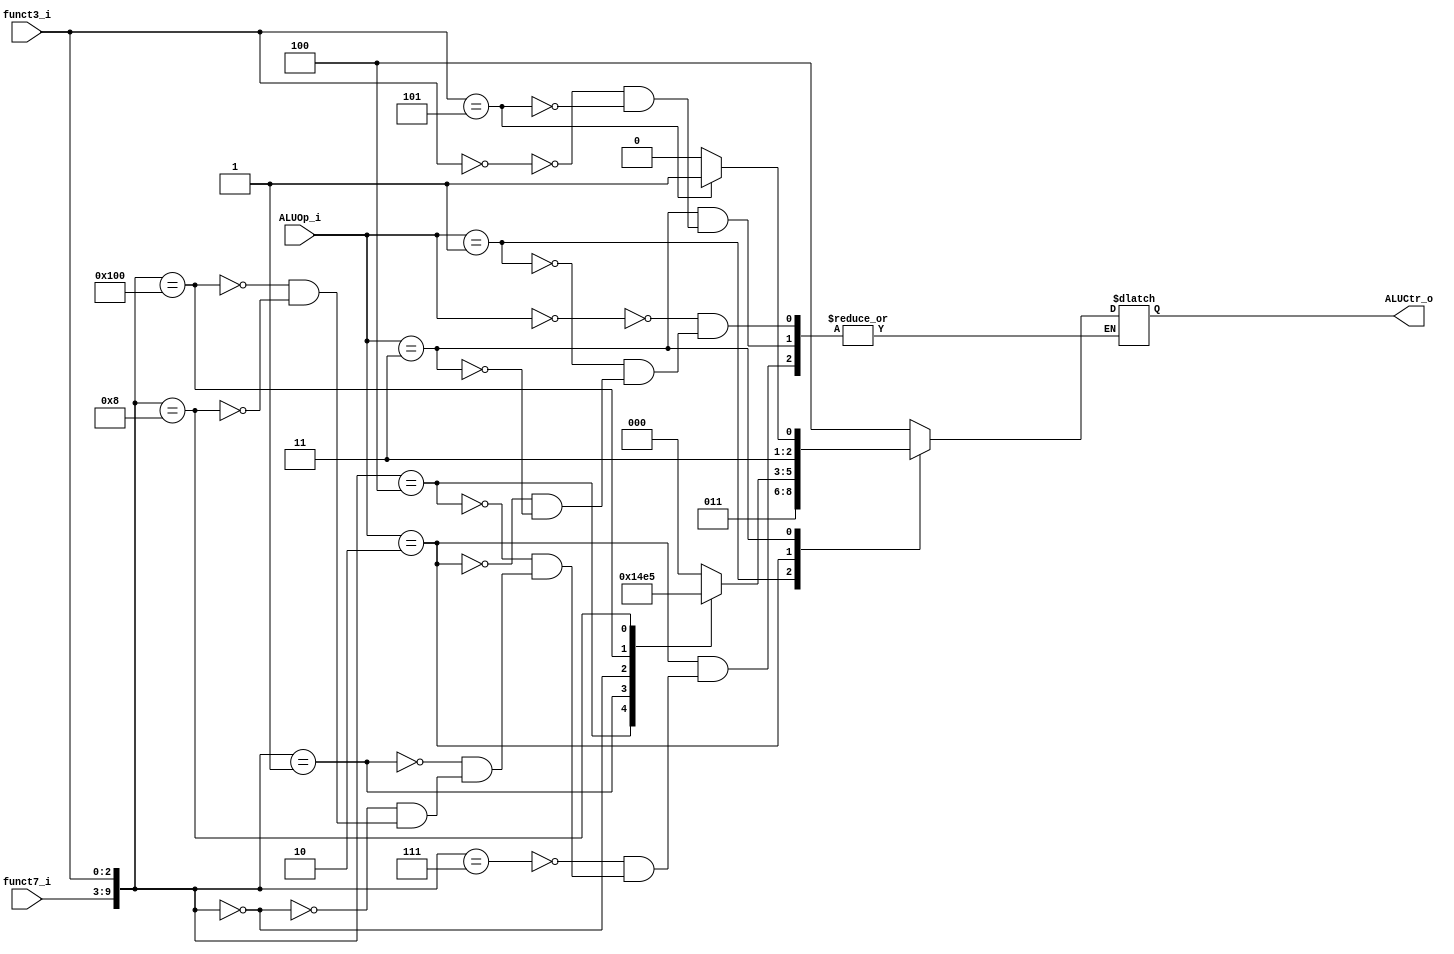
`define AND  3'b000
`define XOR  3'b001
`define SLL  3'b010
`define ADD  3'b011
`define SUB  3'b100
`define MUL  3'b101
`define ADDI 3'b110
`define SRAI 3'b111

module ALU_Control(ALUOp_i, funct7_i, funct3_i, ALUCtr_o);

    input [1:0] ALUOp_i;
    input [6:0] funct7_i;
    input [2:0] funct3_i;

    output reg [2:0] ALUCtr_o;

    always @*
    case (ALUOp_i)
    2'b00:
        ALUCtr_o <= `SUB;
    2'b01:
        ALUCtr_o <= `ADD;
    2'b10:
        case ({funct7_i, funct3_i})
        10'b0000000111:
            ALUCtr_o <= `AND;
        10'b0000000100:
            ALUCtr_o <= `XOR;
        10'b0000000001:
            ALUCtr_o <= `SLL;
        10'b0000000000:
            ALUCtr_o <= `ADD;
        10'b0100000000:
            ALUCtr_o <= `SUB;
        10'b0000001000:
            ALUCtr_o <= `MUL;
        endcase
    2'b11:
        case (funct3_i)
        3'b000:
            ALUCtr_o <= `ADDI;
        3'b101:
            ALUCtr_o <= `SRAI;
        endcase
    endcase

endmodule